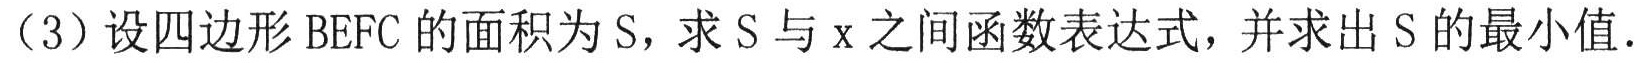
（3）设四边形\(BEFC\)的面积为\(S\)，求\(S\)与\(x\)之间函数表达式，并求出\(S\)的最小值.